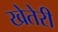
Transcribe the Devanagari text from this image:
खेतेरी